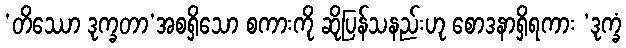
’တိဿော ဒုက္ခတာ’အစရှိသော စကားကို ဆိုပြန်သနည်းဟု စောဒနာရှိရကား ‘ဒုက္ခံ